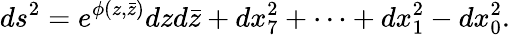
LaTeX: ds^{2}=e^{\phi(z,\bar{z})}dzd\bar{z}+dx_{7}^{2}+\cdots+dx_{1}^{2}-dx_{0}^{2}.